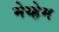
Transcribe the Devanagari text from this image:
मेय्हेम